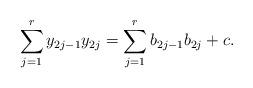
LaTeX: \begin{align*}\sum_{j=1}^ry_{2j-1}y_{2j}=\sum_{j=1}^{r}b_{2j-1}b_{2j}+c.\end{align*}